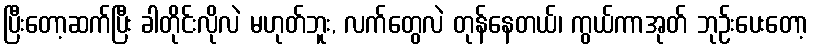
ပြီးတော့ဆက်ပြီး ခါတိုင်းလိုလဲ မဟုတ်ဘူး, လက်တွေလဲ တုန်နေတယ်၊ ကွယ်ကာအုတ် ဘုဉ်းပေးတော့